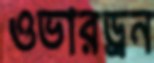
ওভারড্রন